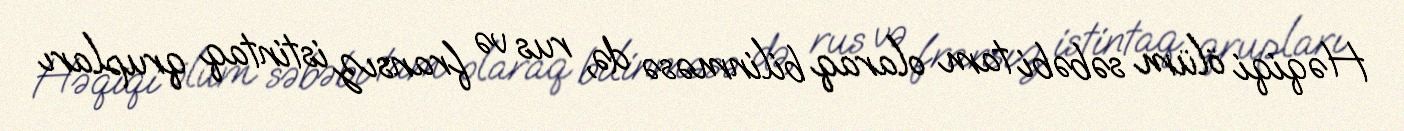
Həqiqi ölüm səbəbi tam olaraq bilinməsə də, rus və fransız istintaq qrupları